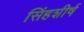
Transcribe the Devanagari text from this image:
सिंहशीर्ष